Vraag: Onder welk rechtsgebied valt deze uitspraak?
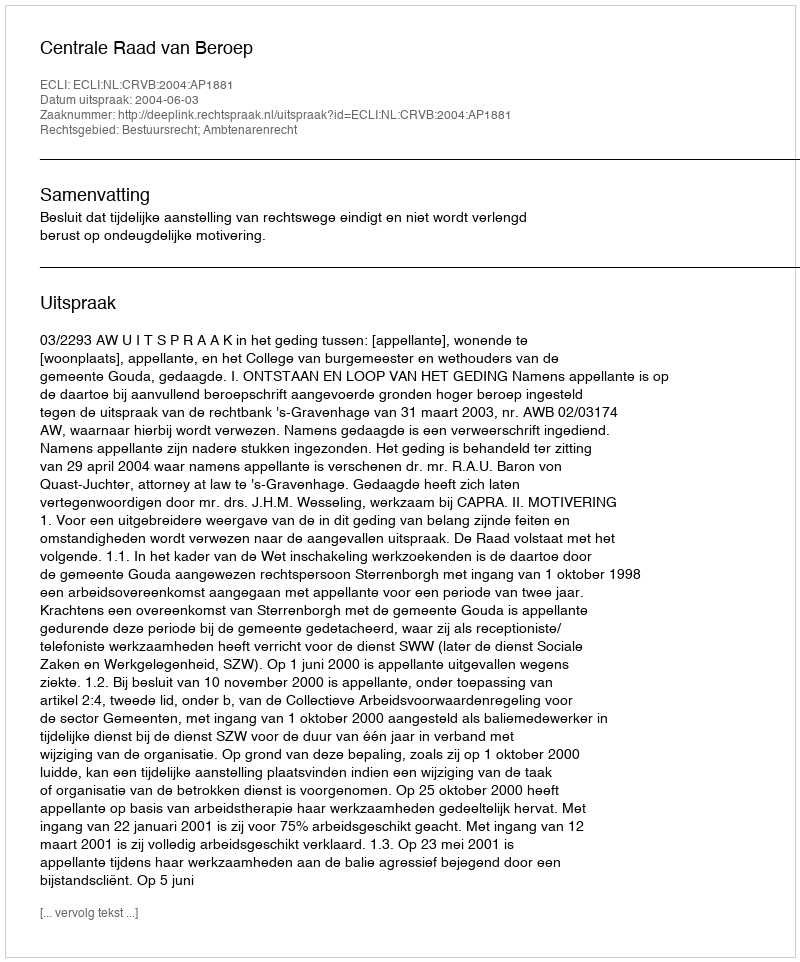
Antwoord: Bestuursrecht; Ambtenarenrecht